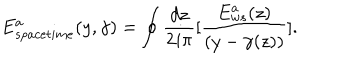
E _ { s p a c e t i m e } ^ { a } ( y , \gamma ) = \oint { \frac { d z } { 2 i \pi } } \lbrack { \frac { E _ { w s } ^ { a } ( z ) } { ( y - \gamma ( z ) ) } } \rbrack .